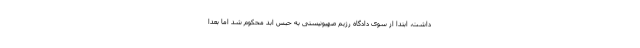
داشت، ابتدا از سوی دادگاه رژیم صهیونیستی به حبس ابد محکوم شد اما بعدا